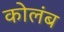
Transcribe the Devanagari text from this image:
कोलंब